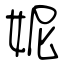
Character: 妮